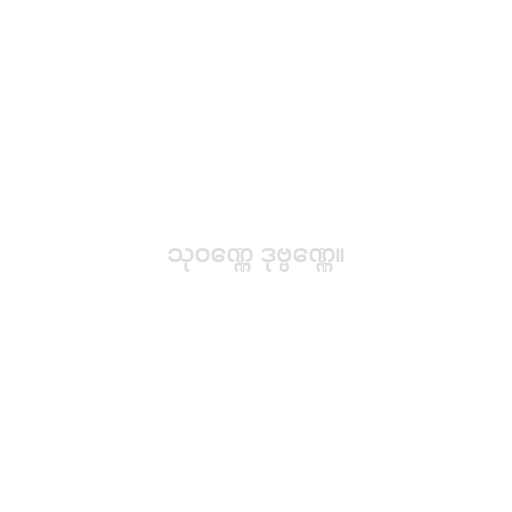
သုဝဏ္ဏေ ဒုဗ္ဗဏ္ဏေ။